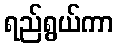
ရည်ရွယ်ကာ